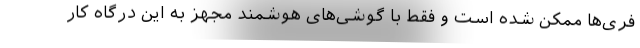
فری‌ها ممکن شده است و فقط با گوشی‌های هوشمند مجهز به این درگاه کار